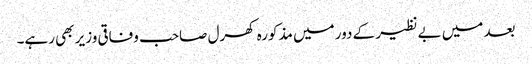
بعد میں بے نظیر کے دور میں مذکورہ کھرل صاحب وفاقی وزیر بھی رہے۔